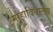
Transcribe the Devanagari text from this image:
माहाविधालय